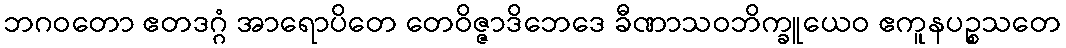
ဘဂဝတော ဧတဒဂ္ဂံ အာရောပိတေ တေဝိဇ္ဇာဒိဘေဒေ ခီဏာသဝဘိက္ခူယေဝ ဧကူနပဉ္စသတေ